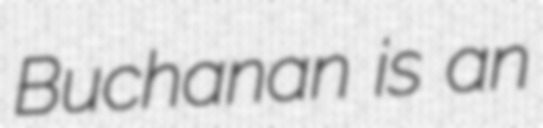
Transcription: Buchanan is an